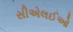
સીએલઈઓ